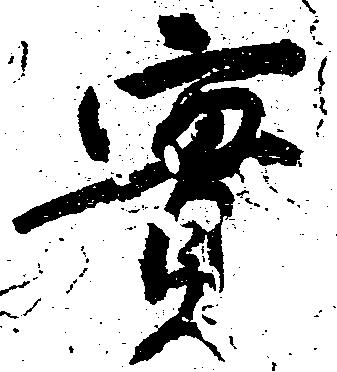
実